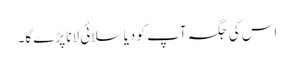
اس کی جگہ آپ کو دیا سلائی لانا پڑے گا۔